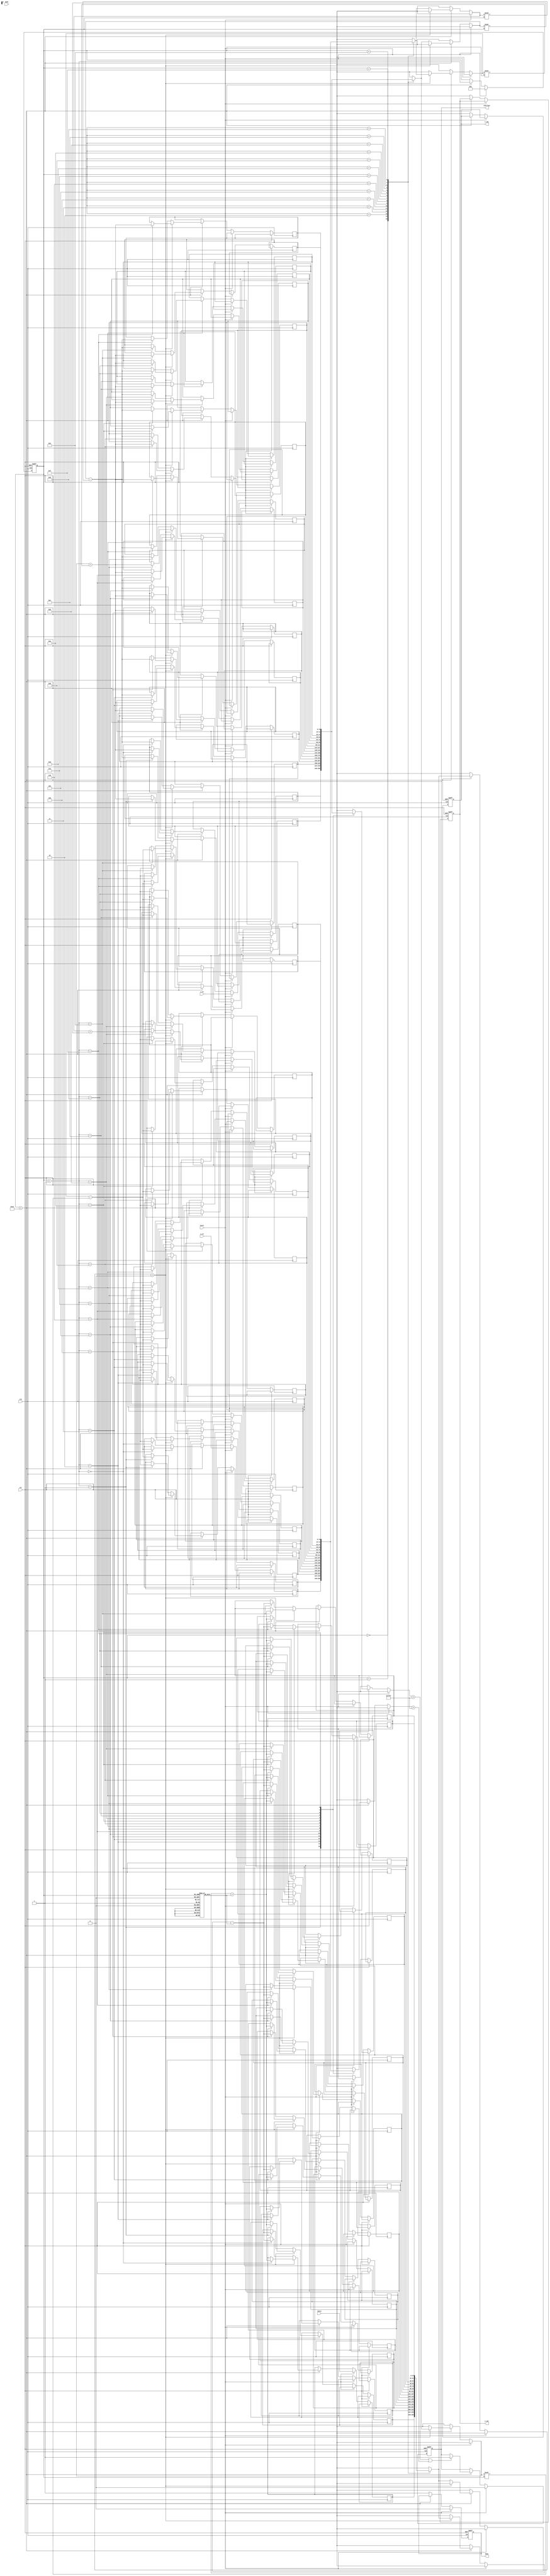
module cordic (
    input wire clk,
    input wire rst,
    input wire [15:0] theta, // Input angle in radians (16-bit fixed-point)
    input wire [15:0] x_in,   // Input X coordinate
    input wire [15:0] y_in,   // Input Y coordinate
    input wire mode,          // Mode: 0 for rotation, 1 for vectoring
    input wire start,         // Start signal
    output reg [15:0] x_out,  // Output X coordinate
    output reg [15:0] y_out,  // Output Y coordinate
    output reg done,          // Completion flag
    output reg overflow       // Overflow flag
);

    // CORDIC parameters
    parameter NUM_ITERATIONS = 16; // Number of iterations for precision
    reg [15:0] x [0:NUM_ITERATIONS-1]; // X registers
    reg [15:0] y [0:NUM_ITERATIONS-1]; // Y registers
    reg [15:0] z [0:NUM_ITERATIONS-1]; // Angle registers
    reg [3:0] iteration; // Iteration counter
    reg [15:0] atan_table [0:NUM_ITERATIONS-1]; // Arctangent lookup table

    // Initialize the arctangent lookup table
    initial begin
        atan_table[0] = 16'h2000; // atan(2^0)
        atan_table[1] = 16'h1000; // atan(2^-1)
        atan_table[2] = 16'h0800; // atan(2^-2)
        atan_table[3] = 16'h0400; // atan(2^-3)
        atan_table[4] = 16'h0200; // atan(2^-4)
        atan_table[5] = 16'h0100; // atan(2^-5)
        atan_table[6] = 16'h0080; // atan(2^-6)
        atan_table[7] = 16'h0040; // atan(2^-7)
        atan_table[8] = 16'h0020; // atan(2^-8)
        atan_table[9] = 16'h0010; // atan(2^-9)
        atan_table[10] = 16'h0008; // atan(2^-10)
        atan_table[11] = 16'h0004; // atan(2^-11)
        atan_table[12] = 16'h0002; // atan(2^-12)
        atan_table[13] = 16'h0001; // atan(2^-13)
        atan_table[14] = 16'h0000; // atan(2^-14)
        atan_table[15] = 16'hFFFF; // atan(2^-15)
    end

    // Control unit and iteration logic
    always @(posedge clk or posedge rst) begin
        if (rst) begin
            iteration <= 0;
            done <= 0;
            overflow <= 0;
            x_out <= 0;
            y_out <= 0;
        end else if (start) begin
            // Initialize registers
            x[0] <= x_in;
            y[0] <= y_in;
            z[0] <= theta;
            iteration <= 0;
            done <= 0;
            overflow <= 0;
        end else if (iteration < NUM_ITERATIONS) begin
            // CORDIC rotation equations
            if (z[iteration] < 0) begin
                // Counter-clockwise rotation
                x[iteration + 1] <= x[iteration] + (y[iteration] >>> iteration);
                y[iteration + 1] <= y[iteration] - (x[iteration] >>> iteration);
                z[iteration + 1] <= z[iteration] + atan_table[iteration];
            end else begin
                // Clockwise rotation
                x[iteration + 1] <= x[iteration] - (y[iteration] >>> iteration);
                y[iteration + 1] <= y[iteration] + (x[iteration] >>> iteration);
                z[iteration + 1] <= z[iteration] - atan_table[iteration];
            end

            // Check for overflow (example condition)
            if (x[iteration + 1] > 16'h7FFF || y[iteration + 1] > 16'h7FFF) begin
                overflow <= 1;
            end

            iteration <= iteration + 1;
        end else begin
            // Final output after iterations
            x_out <= x[NUM_ITERATIONS];
            y_out <= y[NUM_ITERATIONS];
            done <= 1;
        end
    end
endmodule